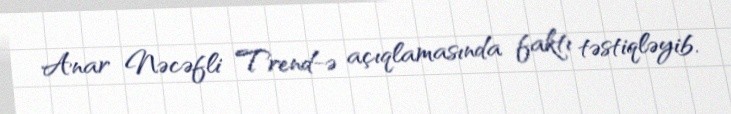
Anar Nəcəfli Trend-ə açıqlamasında faktı təstiqləyib.